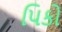
પિકો